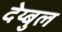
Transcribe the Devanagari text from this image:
देय्बुल